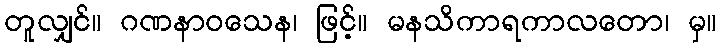
တူလျှင်။ ဂဏနာဝသေန၊ ဖြင့်။ မနသိကာရကာလတော၊ မှ။